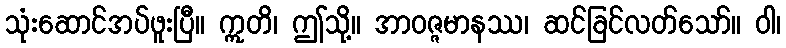
သုံးဆောင်အပ်ဖူးပြီ။ ဣတိ၊ ဤသို့။ အာဝဇ္ဇမာနဿ၊ ဆင်ခြင်လတ်သော်။ ဝါ၊